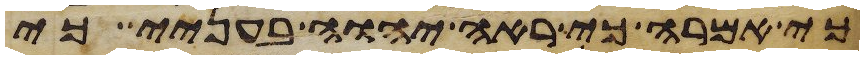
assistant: כי אמרה כי ראה יהוה בעניי כי